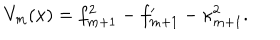
LaTeX: V _ { m } ( x ) = f _ { m + 1 } ^ { 2 } - f _ { m + 1 } ^ { \prime } - \kappa _ { m + 1 } ^ { 2 } .